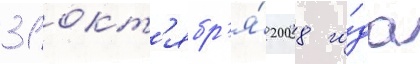
31 окт'ябр'я́ 2008 го́да